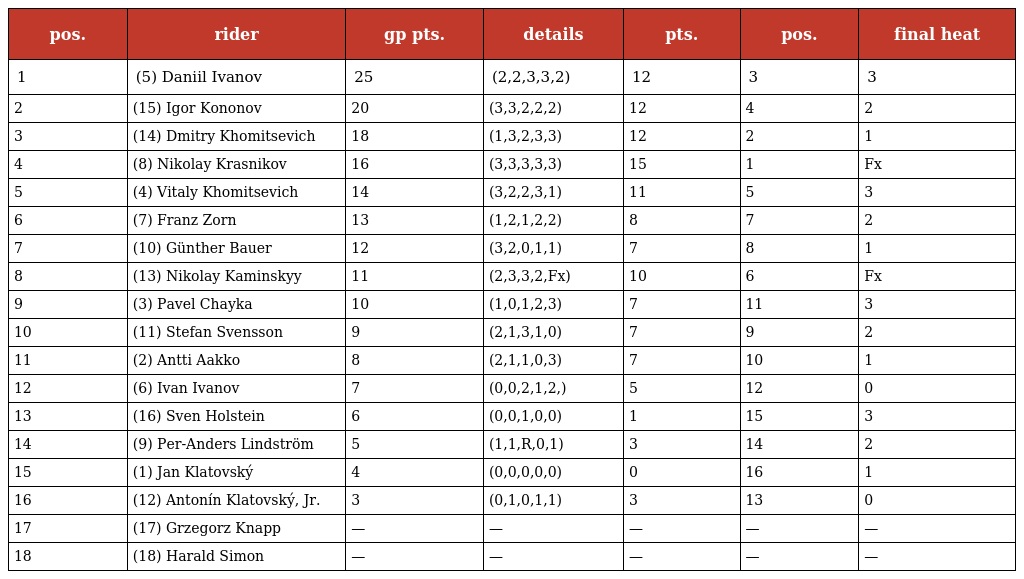
| pos. | rider | gp pts. | details | pts. | pos. | final heat |
 | --- | --- | --- | --- | --- | --- | --- |
 | 1 | (5) Daniil Ivanov | 25 | (2,2,3,3,2) | 12 | 3 | 3 |
 | 2 | (15) Igor Kononov | 20 | (3,3,2,2,2) | 12 | 4 | 2 |
 | 3 | (14) Dmitry Khomitsevich | 18 | (1,3,2,3,3) | 12 | 2 | 1 |
 | 4 | (8) Nikolay Krasnikov | 16 | (3,3,3,3,3) | 15 | 1 | Fx |
 | 5 | (4) Vitaly Khomitsevich | 14 | (3,2,2,3,1) | 11 | 5 | 3 |
 | 6 | (7) Franz Zorn | 13 | (1,2,1,2,2) | 8 | 7 | 2 |
 | 7 | (10) Günther Bauer | 12 | (3,2,0,1,1) | 7 | 8 | 1 |
 | 8 | (13) Nikolay Kaminskyy | 11 | (2,3,3,2,Fx) | 10 | 6 | Fx |
 | 9 | (3) Pavel Chayka | 10 | (1,0,1,2,3) | 7 | 11 | 3 |
 | 10 | (11) Stefan Svensson | 9 | (2,1,3,1,0) | 7 | 9 | 2 |
 | 11 | (2) Antti Aakko | 8 | (2,1,1,0,3) | 7 | 10 | 1 |
 | 12 | (6) Ivan Ivanov | 7 | (0,0,2,1,2,) | 5 | 12 | 0 |
 | 13 | (16) Sven Holstein | 6 | (0,0,1,0,0) | 1 | 15 | 3 |
 | 14 | (9) Per-Anders Lindström | 5 | (1,1,R,0,1) | 3 | 14 | 2 |
 | 15 | (1) Jan Klatovský | 4 | (0,0,0,0,0) | 0 | 16 | 1 |
 | 16 | (12) Antonín Klatovský, Jr. | 3 | (0,1,0,1,1) | 3 | 13 | 0 |
 | 17 | (17) Grzegorz Knapp | — | — | — | — | — |
 | 18 | (18) Harald Simon | — | — | — | — | — |